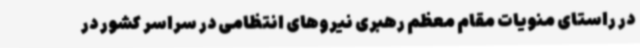
در راستای منویات مقام معظم رهبری نیروهای انتظامی در سراسر کشور در